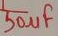
Text: 50µF